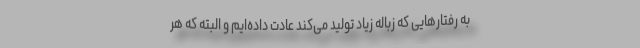
به رفتارهایی که زباله زیاد تولید می‌کند عادت داده‌ایم و البته که هر